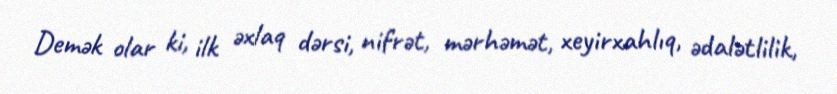
Demək olar ki, ilk əxlaq dərsi, nifrət, mərhəmət, xeyirxahlıq, ədalətlilik,